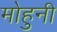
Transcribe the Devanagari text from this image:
मोहुनी